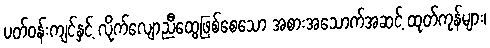
ပတ်ဝန်းကျင်နှင့် လိုက်လျောညီထွေဖြစ်စေသော အစားအသောက်အဆင့် ထုတ်ကုန်များ၊